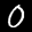
Label: 0